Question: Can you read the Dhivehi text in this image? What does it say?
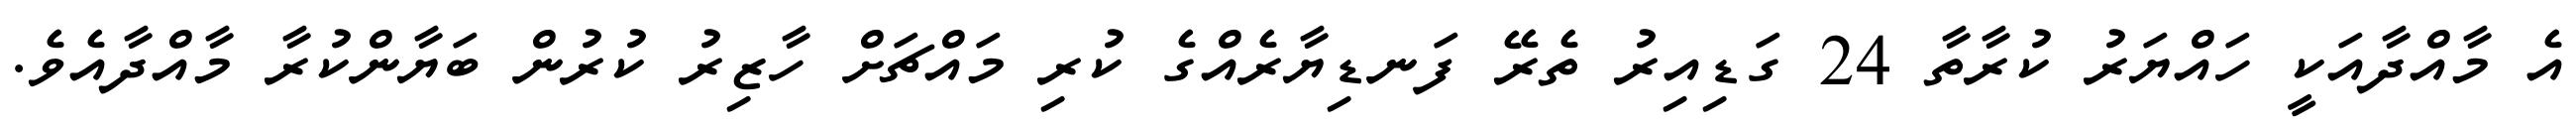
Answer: އެ މާއްދާއަކީ ހައްޔަރު ކުރާތާ 24 ގަޑިއިރު ތެރޭ ފަނޑިޔާރެއްގެ ކުރި މައްޗަށް ހާޒިރު ކުރުން ބަޔާންކުރާ މާއްދާއެވެ.